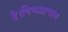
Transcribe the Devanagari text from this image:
है।विन्ध्याचल